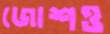
জোশও